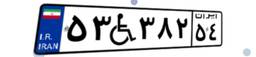
۹۱W۹۳۲۳۶